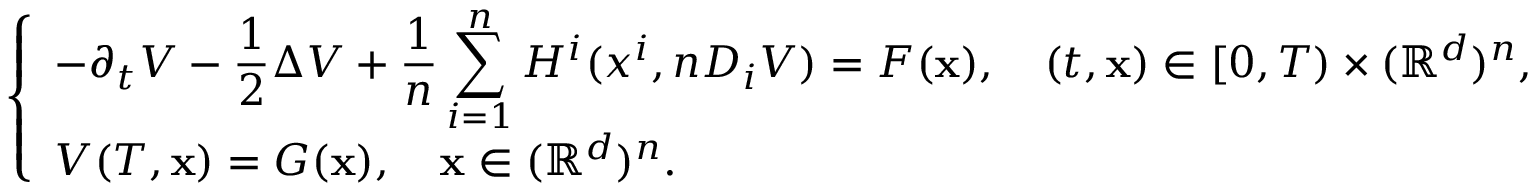
\left\{ \begin{array} { l } { \displaystyle - \partial _ { t } V - \frac { 1 } { 2 } \Delta V + \frac { 1 } { n } \sum _ { i = 1 } ^ { n } H ^ { i } ( x ^ { i } , n D _ { i } V ) = F ( \mathbf { x } ) , \quad ( t , \mathbf { x } ) \in [ 0 , T ) \times ( { \mathbb R } ^ { d } ) ^ { n } , } \\ { \displaystyle V ( T , \mathbf { x } ) = G ( \mathbf { x } ) , \quad \mathbf { x } \in ( { \mathbb R } ^ { d } ) ^ { n } . } \end{array} \right.